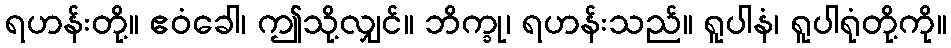
ရဟန်းတို့။ ဧဝံခေါ၊ ဤသို့လျှင်။ ဘိက္ခု၊ ရဟန်းသည်။ ရူပါနံ၊ ရူပါရုံတို့ကို။